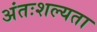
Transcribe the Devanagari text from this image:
अंतःशल्यता